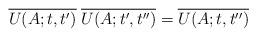
LaTeX: \begin{align*}\overline{U(A;t,t')} \; \overline{U(A;t',t'')} = \overline{U(A;t,t'')} \end{align*}